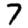
Digit: 7